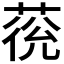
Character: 𱽹